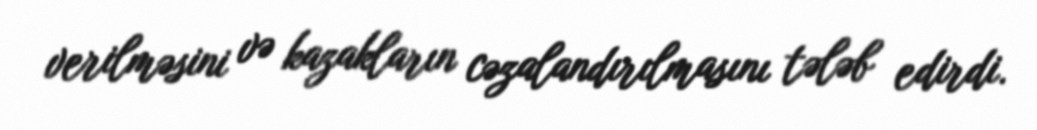
verilməsini və kazakların cəzalandırılmasını tələb edirdi.